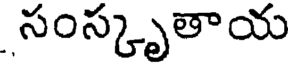
సంస్కృతాయ